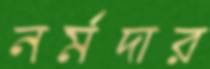
নর্মদার